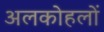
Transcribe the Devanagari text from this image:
अलकोहलों